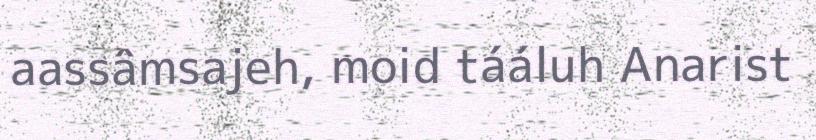
aassâmsajeh, moid tááluh Anarist